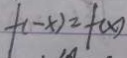
f ( - x ) = f ( x )